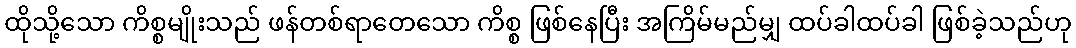
ထိုသို့သော ကိစ္စမျိုးသည် ဖန်တစ်ရာတေသော ကိစ္စ ဖြစ်နေပြီး အကြိမ်မည်မျှ ထပ်ခါထပ်ခါ ဖြစ်ခဲ့သည်ဟု